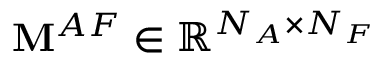
\mathbf { M } ^ { A F } \in \mathbb { R } ^ { N _ { A } \times N _ { F } }